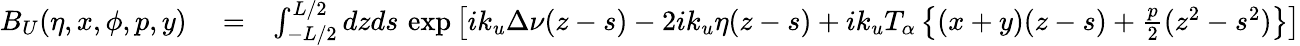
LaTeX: \begin{array}{rlr}{B_{U}(\eta,x,\phi,p,y)}&{{}=}&{\int_{-L/2}^{L/2}dzds\, \exp\left[ik_{u}\Delta\nu(z-s)-2ik_{u}\eta(z-s)+ik_{u}T_{\alpha}\left\{ (x+y)(z-s)+\frac{p}{2}(z^{2}-s^{2})\right\} \right]}\end{array}